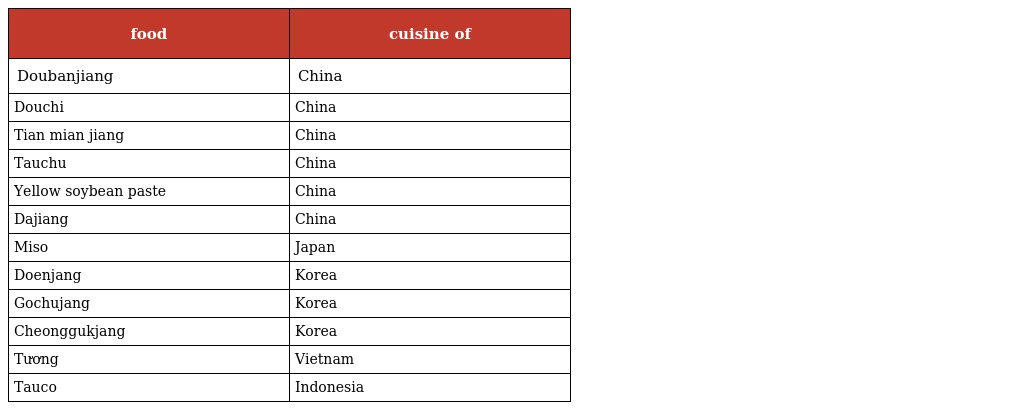
| food | cuisine of |
 | --- | --- |
 | Doubanjiang | China |
 | Douchi | China |
 | Tian mian jiang | China |
 | Tauchu | China |
 | Yellow soybean paste | China |
 | Dajiang | China |
 | Miso | Japan |
 | Doenjang | Korea |
 | Gochujang | Korea |
 | Cheonggukjang | Korea |
 | Tương | Vietnam |
 | Tauco | Indonesia |